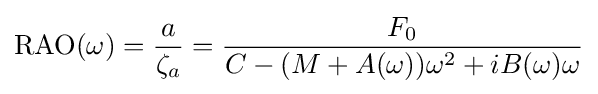
\mathrm {RAO} (\omega )={\frac {a}{\zeta _{a}}}={\frac {F_{0}}{C-(M+A(\omega ))\omega ^{2}+iB(\omega )\omega }}